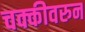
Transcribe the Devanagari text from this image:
चक्कीवरुन